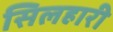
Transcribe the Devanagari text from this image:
सिलहारी